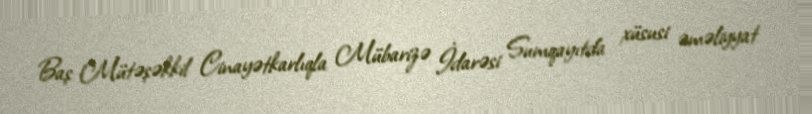
Baş Mütəşəkkil Cinayətkarlıqla Mübarizə İdarəsi Sumqayıtda xüsusi əməliyyat